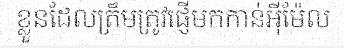
ខ្លួនដែលត្រឹមត្រូវផ្ញើមកកាន់អ៊ីម៉ែល